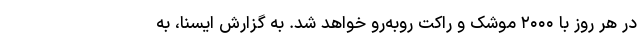
در هر روز با ۲۰۰۰ موشک و راکت روبه‌رو خواهد شد. به گزارش ایسنا، به